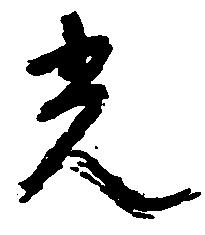
光